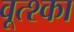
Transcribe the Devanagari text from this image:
वूत्श्का